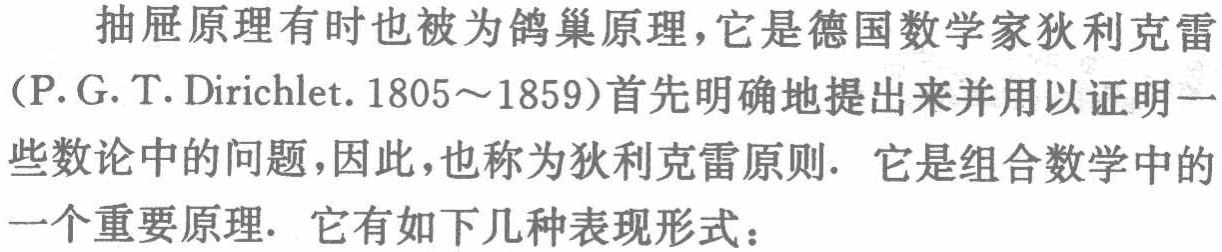
抽屉原理有时也被为鸽巢原理，它是德国数学家狄利克雷（P. G. T. Dirichlet. 1805～1859）首先明确地提出来并用以证明一些数论中的问题，因此，也称为狄利克雷原则. 它是组合数学中的一个重要原理. 它有如下几种表现形式：